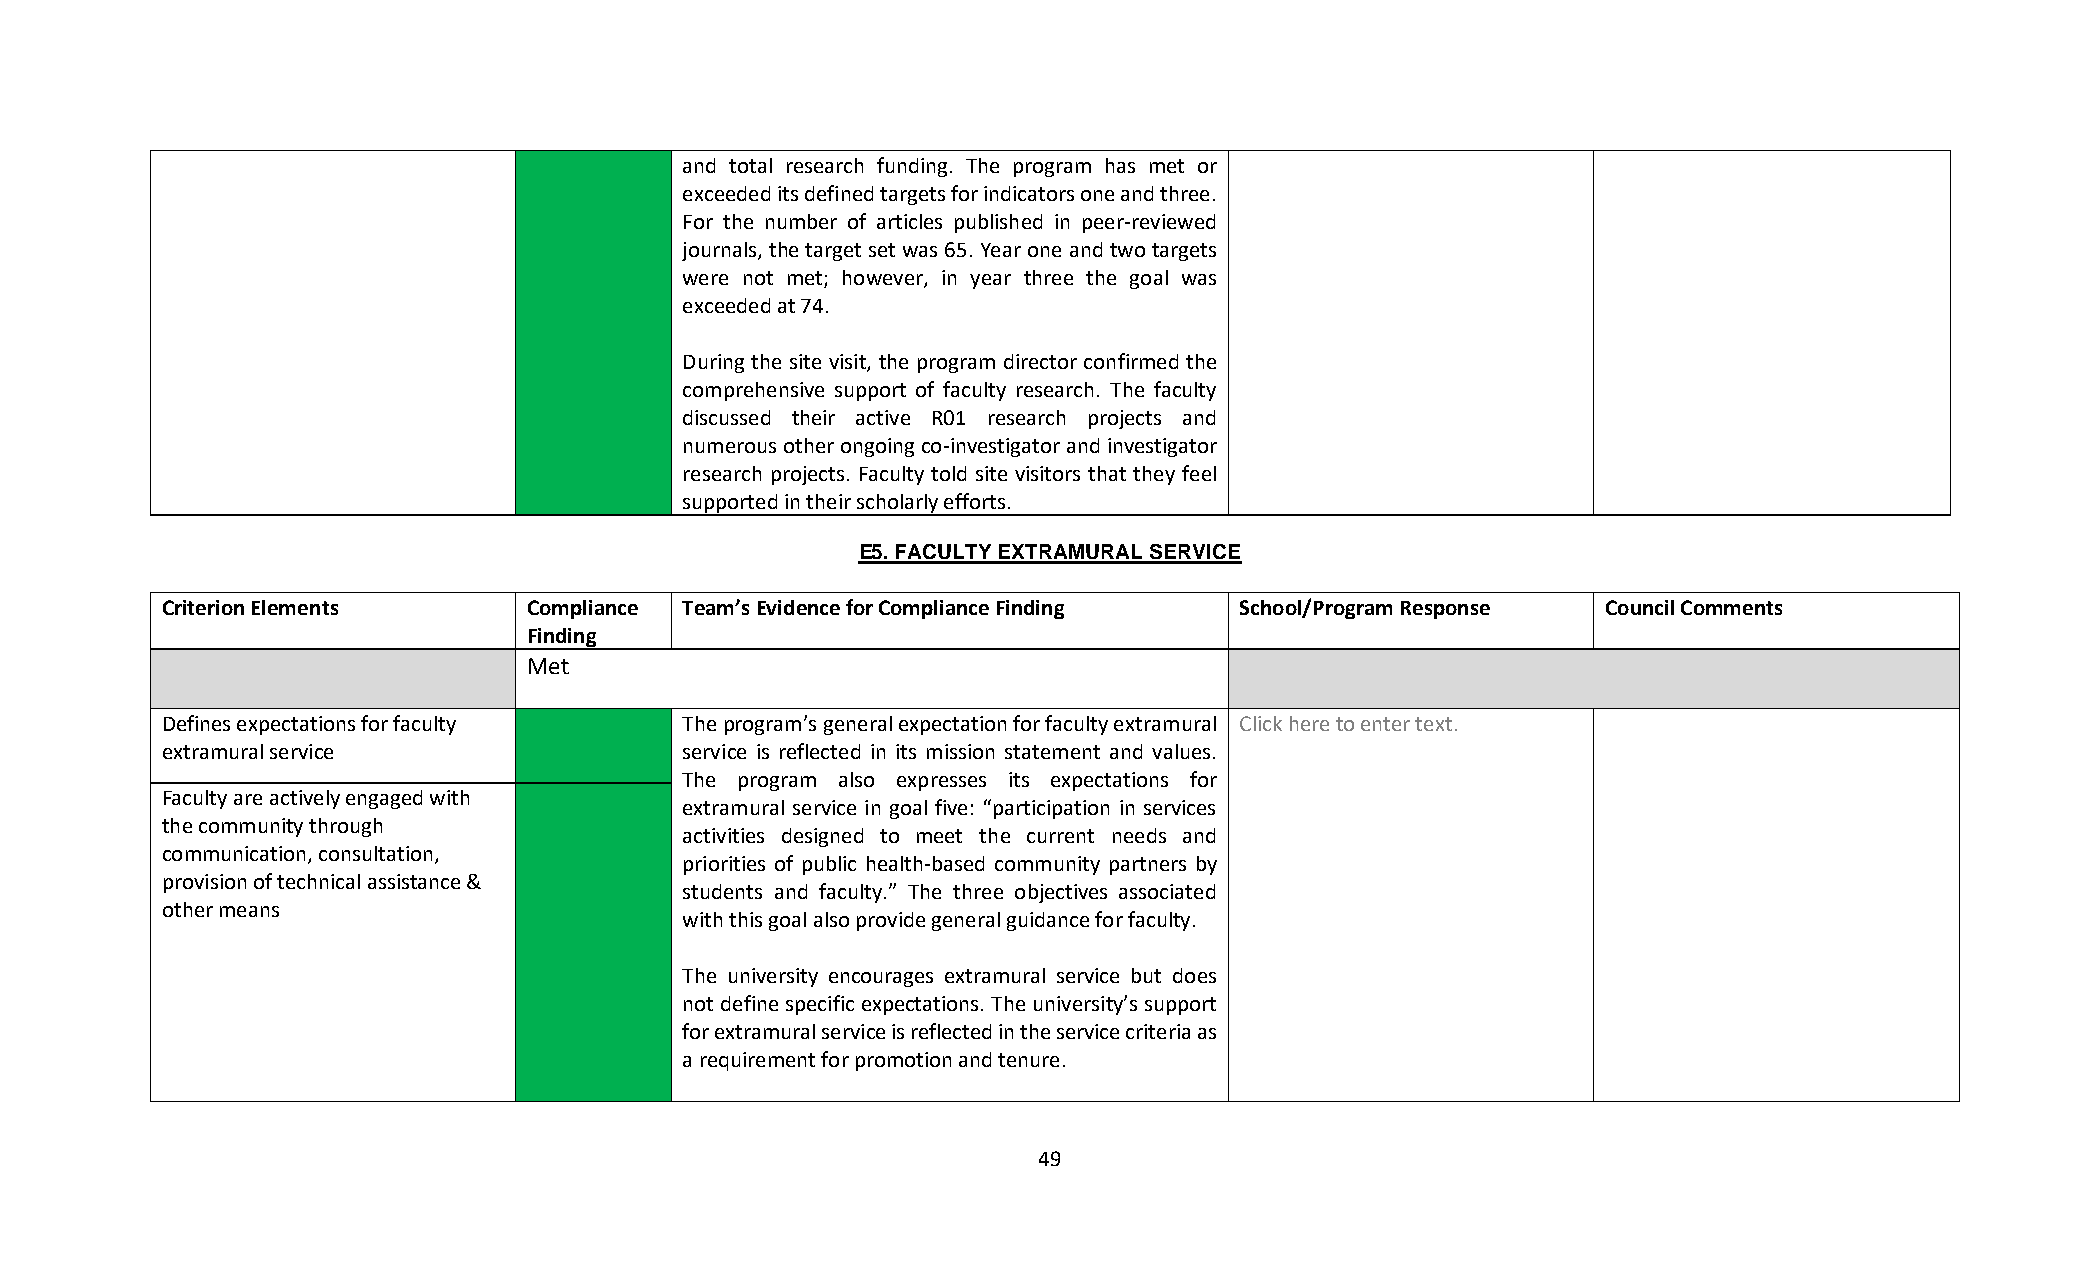
and total research funding. The program has met or
 exceeded its defined targets for indicators one and three.
 For the number of articles published in peer-reviewed
 journals, the target set was 65. Year one and two targets
 were not met; however, in year three the goal was
 exceeded at 74.
 During the site visit, the program director confirmed the
 comprehensive support of faculty research. The faculty
 discussed their active R01 research projects and
 numerous other ongoing co-investigator and investigator
 research projects. Faculty told site visitors that they feel
 supported in their scholarly efforts.
 E5. FACULTY EXTRAMURAL SERVICE
 Criterion Elements      Compliance Team’s Evidence for Compliance Finding School/Program Response Council Comments
 Finding
 Met
 Defines expectations for faculty  The program’s general expectation for faculty extramural Click here to enter text.
 extramural service                service is reflected in its mission statement and values.
 The program also expresses its expectations for
 Faculty are actively engaged with
 extramural service in goal five: “participation in services
 the community through
 activities designed to meet the current needs and
 communication, consultation,
 priorities of public health-based community partners by
 provision of technical assistance &
 students and faculty.” The three objectives associated
 other means
 with this goal also provide general guidance for faculty.
 The university encourages extramural service but does
 not define specific expectations. The university’s support
 for extramural service is reflected in the service criteria as
 a requirement for promotion and tenure.
 49